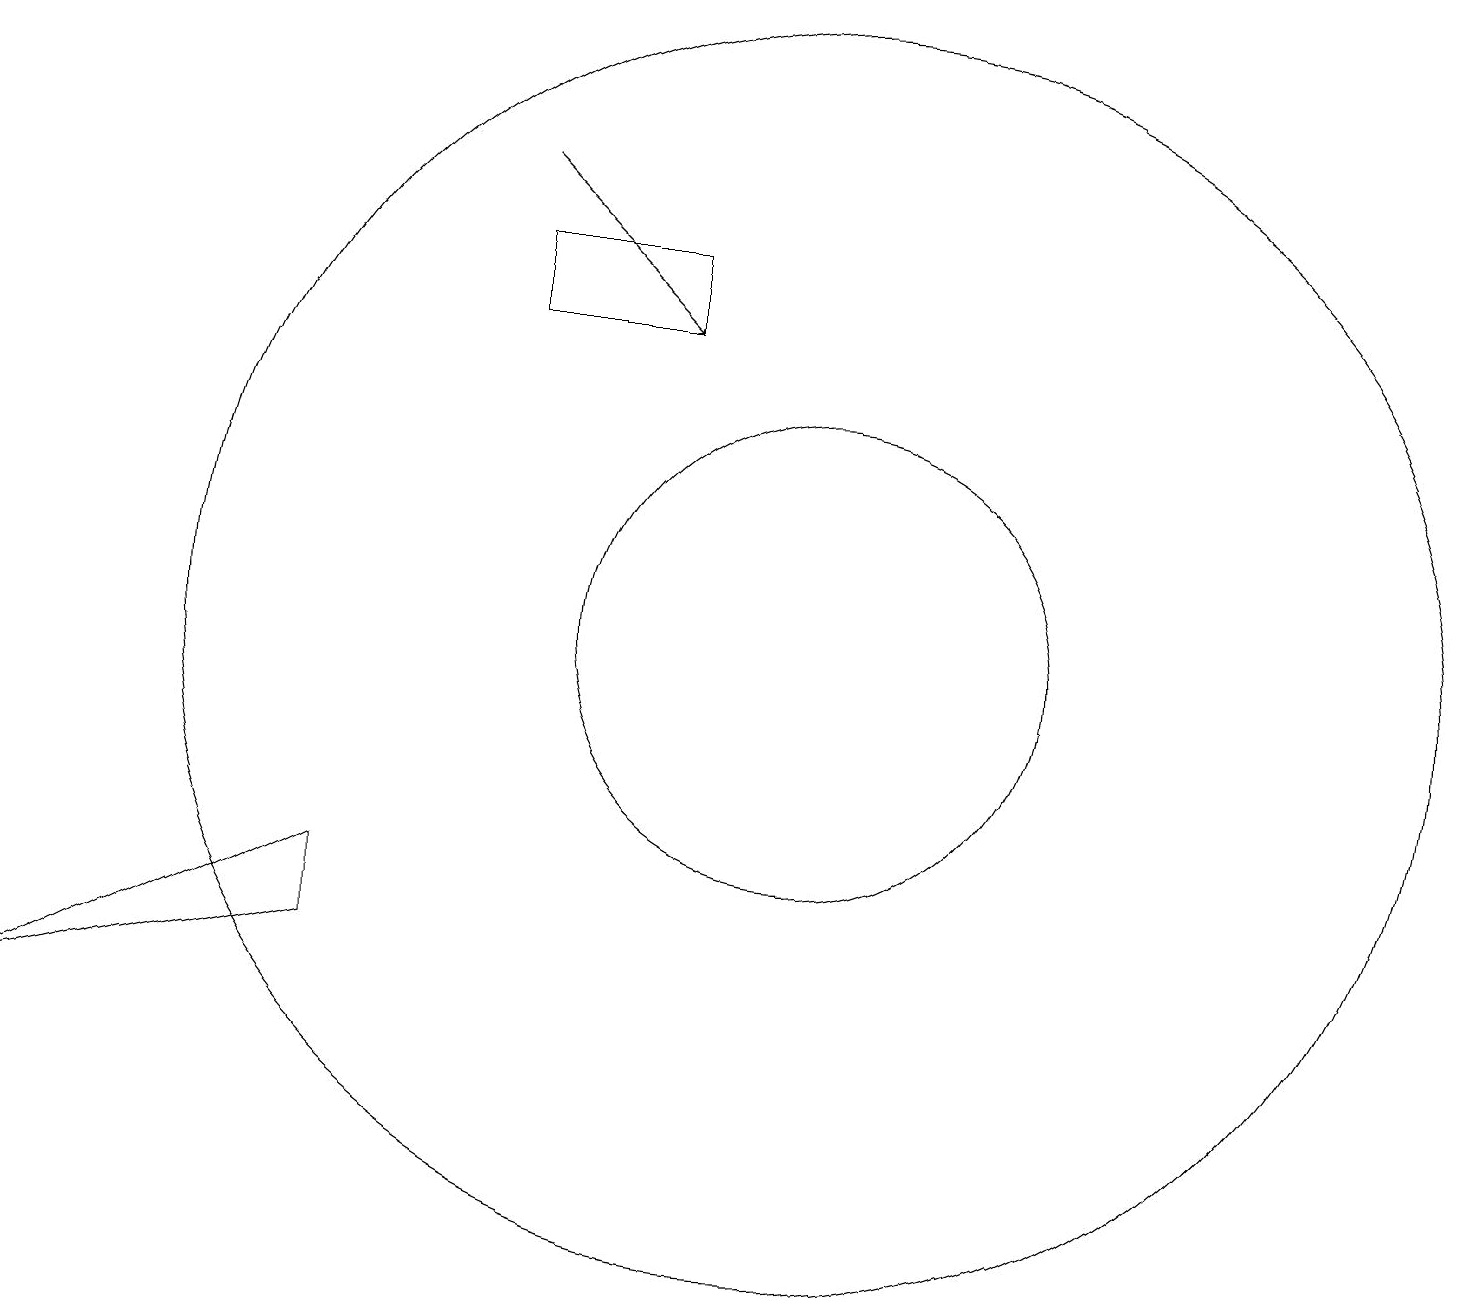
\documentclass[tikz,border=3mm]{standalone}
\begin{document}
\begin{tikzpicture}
\draw (10,12) circle (8);
\draw (10,12) circle (3);
\draw[->] (6,18) -- (8,16);
\draw (6,16) rectangle (8,17);
\draw (4,8) -- (0,7) -- (4,9) -- cycle;
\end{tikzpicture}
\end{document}